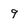
Character: 9